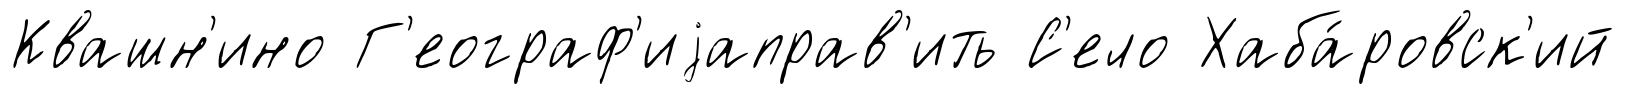
Квашн'ино Г'еограф'иjаправ'ить С'ело Хаба́ровск'ий